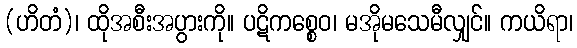
(ဟိတံ)၊ ထိုအစီးအပွားကို။ ပဋိကစ္စေဝ၊ မအိုမသေမီလျှင်။ ကယိရာ၊